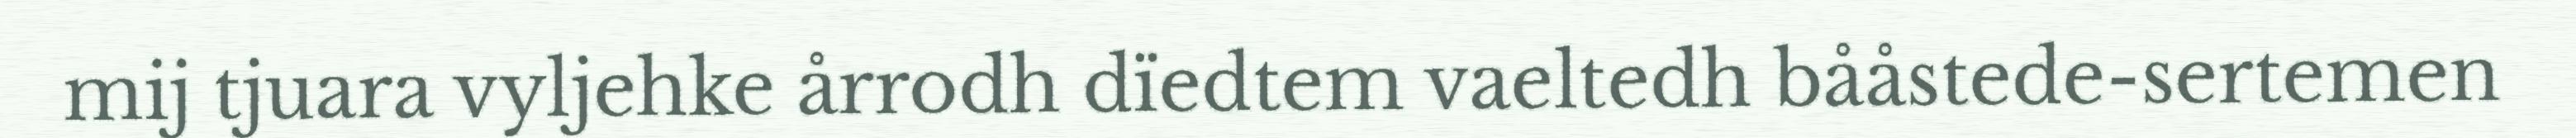
mij tjuara vyljehke årrodh dïedtem vaeltedh bååstede-sertemen